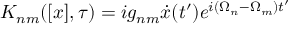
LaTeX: K _ { n m } ( [ x ] , \tau ) = i g _ { n m } \dot { x } ( t ^ { \prime } ) e ^ { i ( \Omega _ { n } - \Omega _ { m } ) t ^ { \prime } }